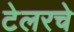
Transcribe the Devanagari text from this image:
टेलरचे